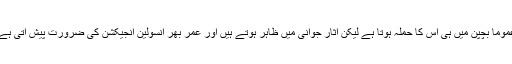
عموماً بچپن میں ہی اس کا حملہ ہوتا ہے لیکن آثار جوانی میں ظاہر ہوتے ہیں اور عمر بھر انسولین انجیکشن کی ضرورت پیش آتی ہے۔